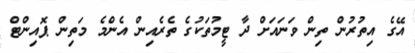
އޭގެ އިތުރުން ތިން ވަނައަށް ދާ ޓީމުތަކުގެ ތެރެއިން އެންމެ މަތިން ޕޮއިންޓް